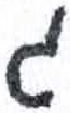
אות: ג